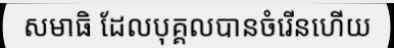
សមាធិ ដែលបុគ្គលបានចំរើនហើយ